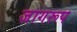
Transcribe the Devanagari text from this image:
जागरूप